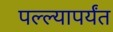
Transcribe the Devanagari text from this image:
पल्ल्यापर्यंत